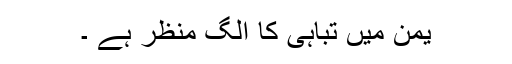
یمن میں تباہی کا الگ منظر ہے ۔